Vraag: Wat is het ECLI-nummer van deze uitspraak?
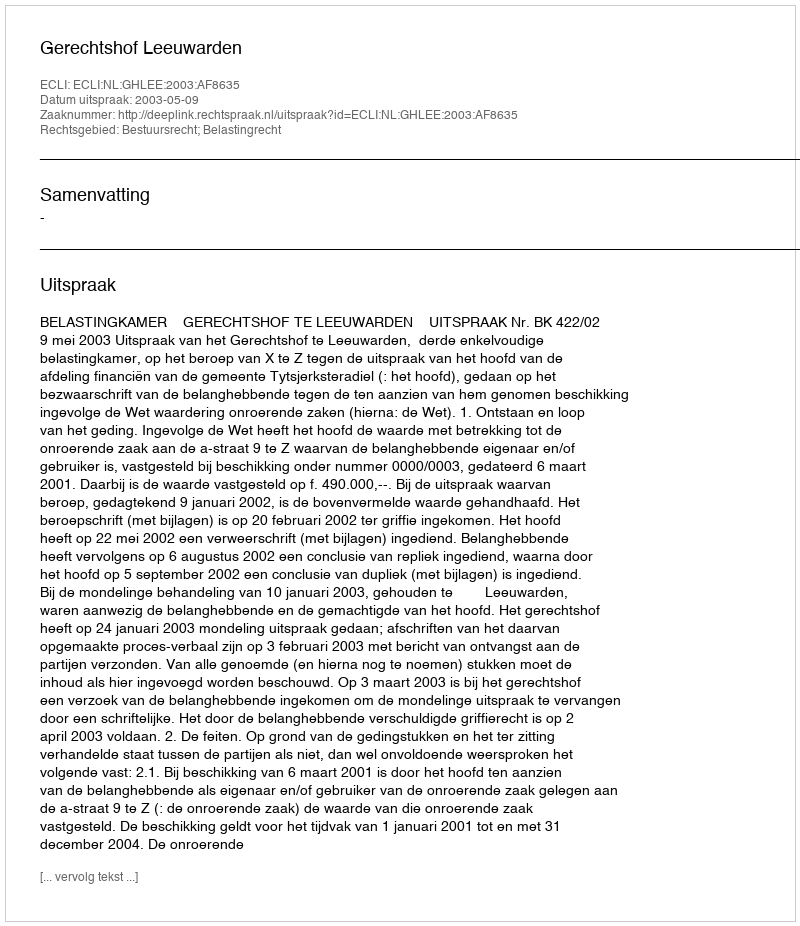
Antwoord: ECLI:NL:GHLEE:2003:AF8635